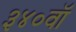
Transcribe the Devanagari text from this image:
३४०वॉ